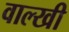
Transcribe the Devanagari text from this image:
वाल्खी